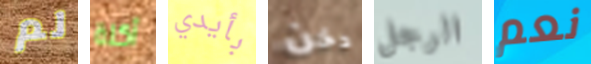
لم أكلة بأيدي دخن الرجل نعم